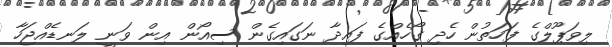
ލިވަޕޫލްގެ ފަހަތުން ހެދި ގޯހެއްގެ ފައިދާ ނަގައިގެން ސިއޯން އިން ވަނީ ލަނޑެއްޖަހާ